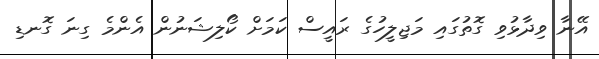
އޭނާ ވިދާޅުވި ގޮތުގައި މަޖިލީހުގެ ރައީސް ކަމަށް ކޯލިޝަނުން އެންމެ ގިނަ ގޮނޑި